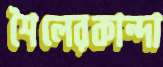
শৈলেরকান্দা